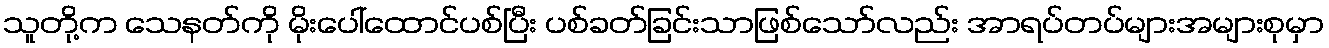
သူတို့က သေနတ်ကို မိုးပေါ်ထောင်ပစ်ပြီး ပစ်ခတ်ခြင်းသာဖြစ်သော်လည်း အာရပ်တပ်များအများစုမှာ